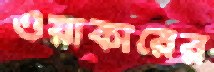
ওয়াকারের